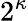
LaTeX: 2^{\kappa}